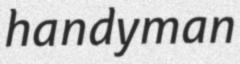
handyman